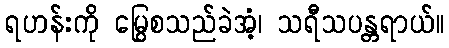
ရဟန်းကို မြွေစသည်ခဲအံ့၊ သရီသပန္တရာယ်။